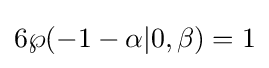
6\wp (-1-\alpha |0,\beta )=1